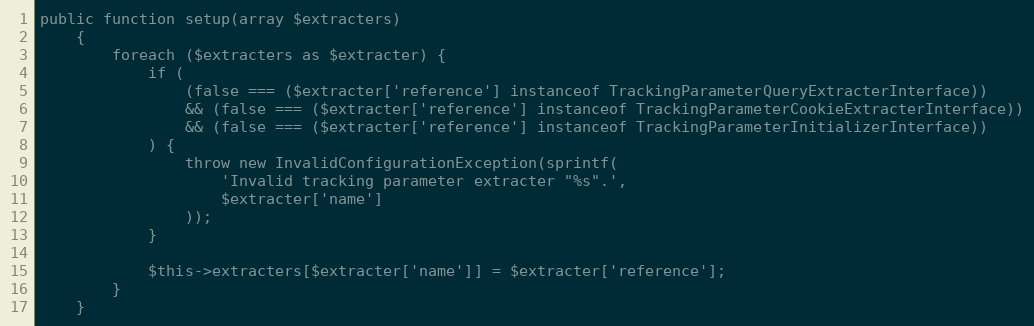
Language: PHP
public function setup(array $extracters)
    {
        foreach ($extracters as $extracter) {
            if (
                (false === ($extracter['reference'] instanceof TrackingParameterQueryExtracterInterface))
                && (false === ($extracter['reference'] instanceof TrackingParameterCookieExtracterInterface))
                && (false === ($extracter['reference'] instanceof TrackingParameterInitializerInterface))
            ) {
                throw new InvalidConfigurationException(sprintf(
                    'Invalid tracking parameter extracter "%s".',
                    $extracter['name']
                ));
            }

            $this->extracters[$extracter['name']] = $extracter['reference'];
        }
    }